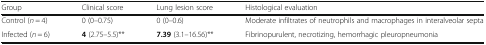
| Group | Clinical score | Lung lesion score | Histological evaluation |
 | --- | --- | --- | --- |
 | Control (n = 4) | 0 (0–0.75) | 0 (0–0.6) | Moderate infiltrates of neutrophils and macrophages in interalveolar septa |
 | Infected (n = 6) | 4 (2.75–5.5)** | 7.39 (3.1–16.56)** | Fibrinopurulent, necrotizing, hemorrhagic pleuropneumonia |